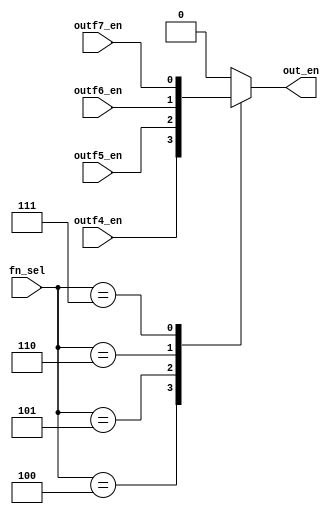
module mux_out(
        input           outf4_en,
        input           outf5_en,
        input           outf6_en,
        input           outf7_en,
        input   [2:0]   fn_sel,

        output reg      out_en
        );

        always@*begin
                case(fn_sel)
                        3'b100:out_en = outf4_en;
                        3'b101:out_en = outf5_en;
                        3'b110:out_en = outf6_en;
                        3'b111:out_en = outf7_en;
                        default:out_en = 1'b0;
                endcase
        end
endmodule